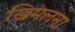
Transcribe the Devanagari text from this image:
खिमलना